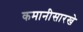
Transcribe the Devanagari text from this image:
कमानीसारखे